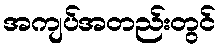
အကျပ်အတည်းတွင်